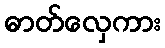
ဓာတ်လှေကား